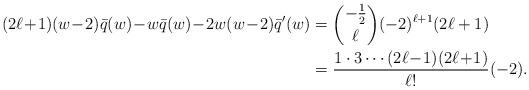
LaTeX: \begin{align*}(2\ell\!+\!1)(w\!-\!2)\Bar{q}(w)\!-\!w\Bar{q}(w)\!-\!2w(w\!-\!2)\Bar{q}'(w)&=\binom{-\frac{1}{2}}{\ell}(-2)^{\ell+1}(2\ell+1)\\&=\frac{1\cdot3\cdots(2\ell\!-\!1)(2\ell\!+\!1)}{\ell!}(-2).\end{align*}